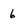
Character: 6